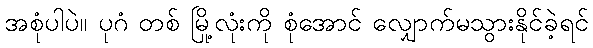
အစုံပါပဲ။ ပုဂံ တစ် မြို့လုံးကို စုံအောင် လျှောက်မသွားနိုင်ခဲ့ရင်